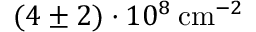
( 4 \pm 2 ) \cdot 1 0 ^ { 8 } \: \mathrm { c m } ^ { - 2 }